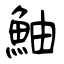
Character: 鮋